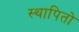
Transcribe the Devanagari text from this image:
स्थापितो